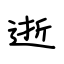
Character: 逝